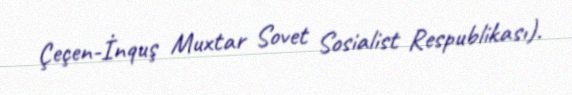
Çeçen-İnquş Muxtar Sovet Sosialist Respublikası).